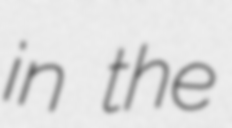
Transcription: in the